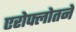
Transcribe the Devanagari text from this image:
एरोफ्लोतने